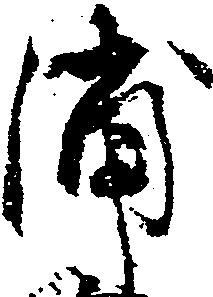
浦